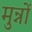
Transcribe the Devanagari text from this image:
मुन्नों